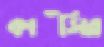
কাঁসির